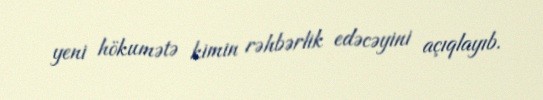
yeni hökumətə kimin rəhbərlik edəcəyini açıqlayıb.